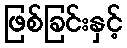
ဖြစ်ခြင်းနှင့်